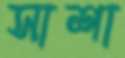
সাশা